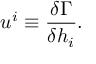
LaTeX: u ^ { i } \equiv \frac { \delta \Gamma } { \delta h _ { i } } .